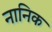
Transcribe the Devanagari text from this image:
नानिक